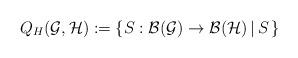
LaTeX: \begin{align*}Q_H(\mathcal G,\mathcal H):=\lbrace S:\mathcal B(\mathcal G)\to\mathcal B(\mathcal H)\, |\, S\,\rbrace\end{align*}